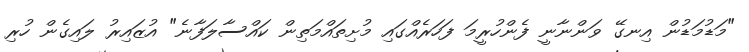
"މަޑުމަޑުން އިނގޭ ވަންނާނީ ފެންހުރީމަ ފަހަރެއްގައި މުށިތައްމަތިން ކައްސާލަފާނެ" އުޒައިރު ލައިގެން ހުރި